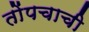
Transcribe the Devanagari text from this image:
तोंपचाची